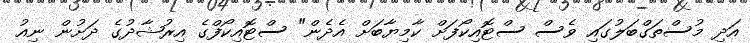
އަދި މުސްތަގްބަލުގައި ވެސް ސްޓޮއިކޯފަށް ކާމިޔާބަށް އެދެން" ސްޓޮއިކޯފްގެ އިރުޝާދުގެ ދަށުން ނިއު